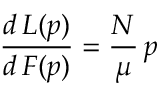
\frac { d \, L ( p ) } { d \, F ( p ) } = \frac { N } { \mu } \, p